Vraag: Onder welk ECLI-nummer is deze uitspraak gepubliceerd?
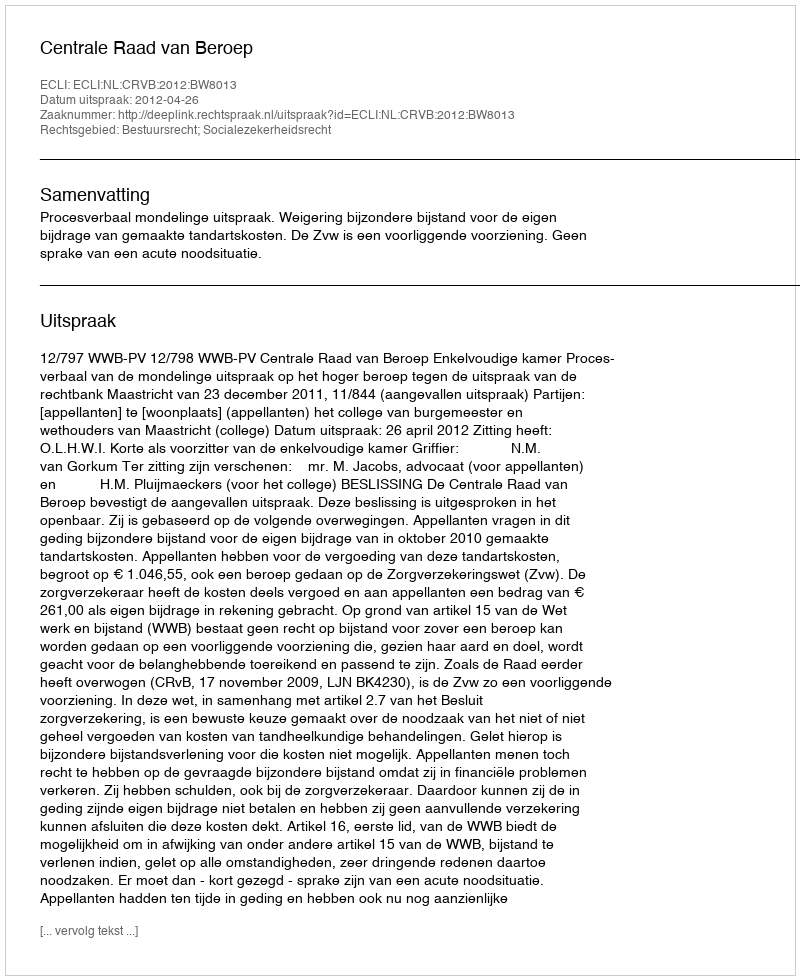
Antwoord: ECLI:NL:CRVB:2012:BW8013